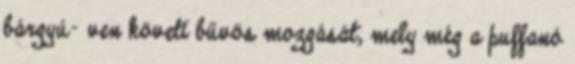
bárgyú- ven követi bűvös mozgását, mely még a puffanó